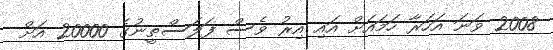
2008 ވަނަ އަހަރާ ހަމައަށް އައި އިރު ވެސް ފަލަސްޠީނުގެ 20000 އަށް